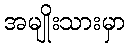
အမျိုးသားမှာ